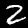
Digit: 2